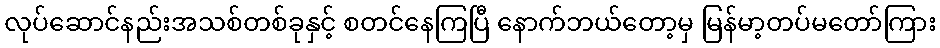
လုပ်ဆောင်နည်းအသစ်တစ်ခုနှင့် စတင်နေကြပြီ နောက်ဘယ်တော့မှ မြန်မာ့တပ်မတော်ကြား